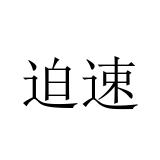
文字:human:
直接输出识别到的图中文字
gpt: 迫速